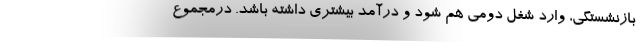
بازنشستگی، وارد شغل دومی هم شود و درآمد بیشتری داشته باشد. درمجموع